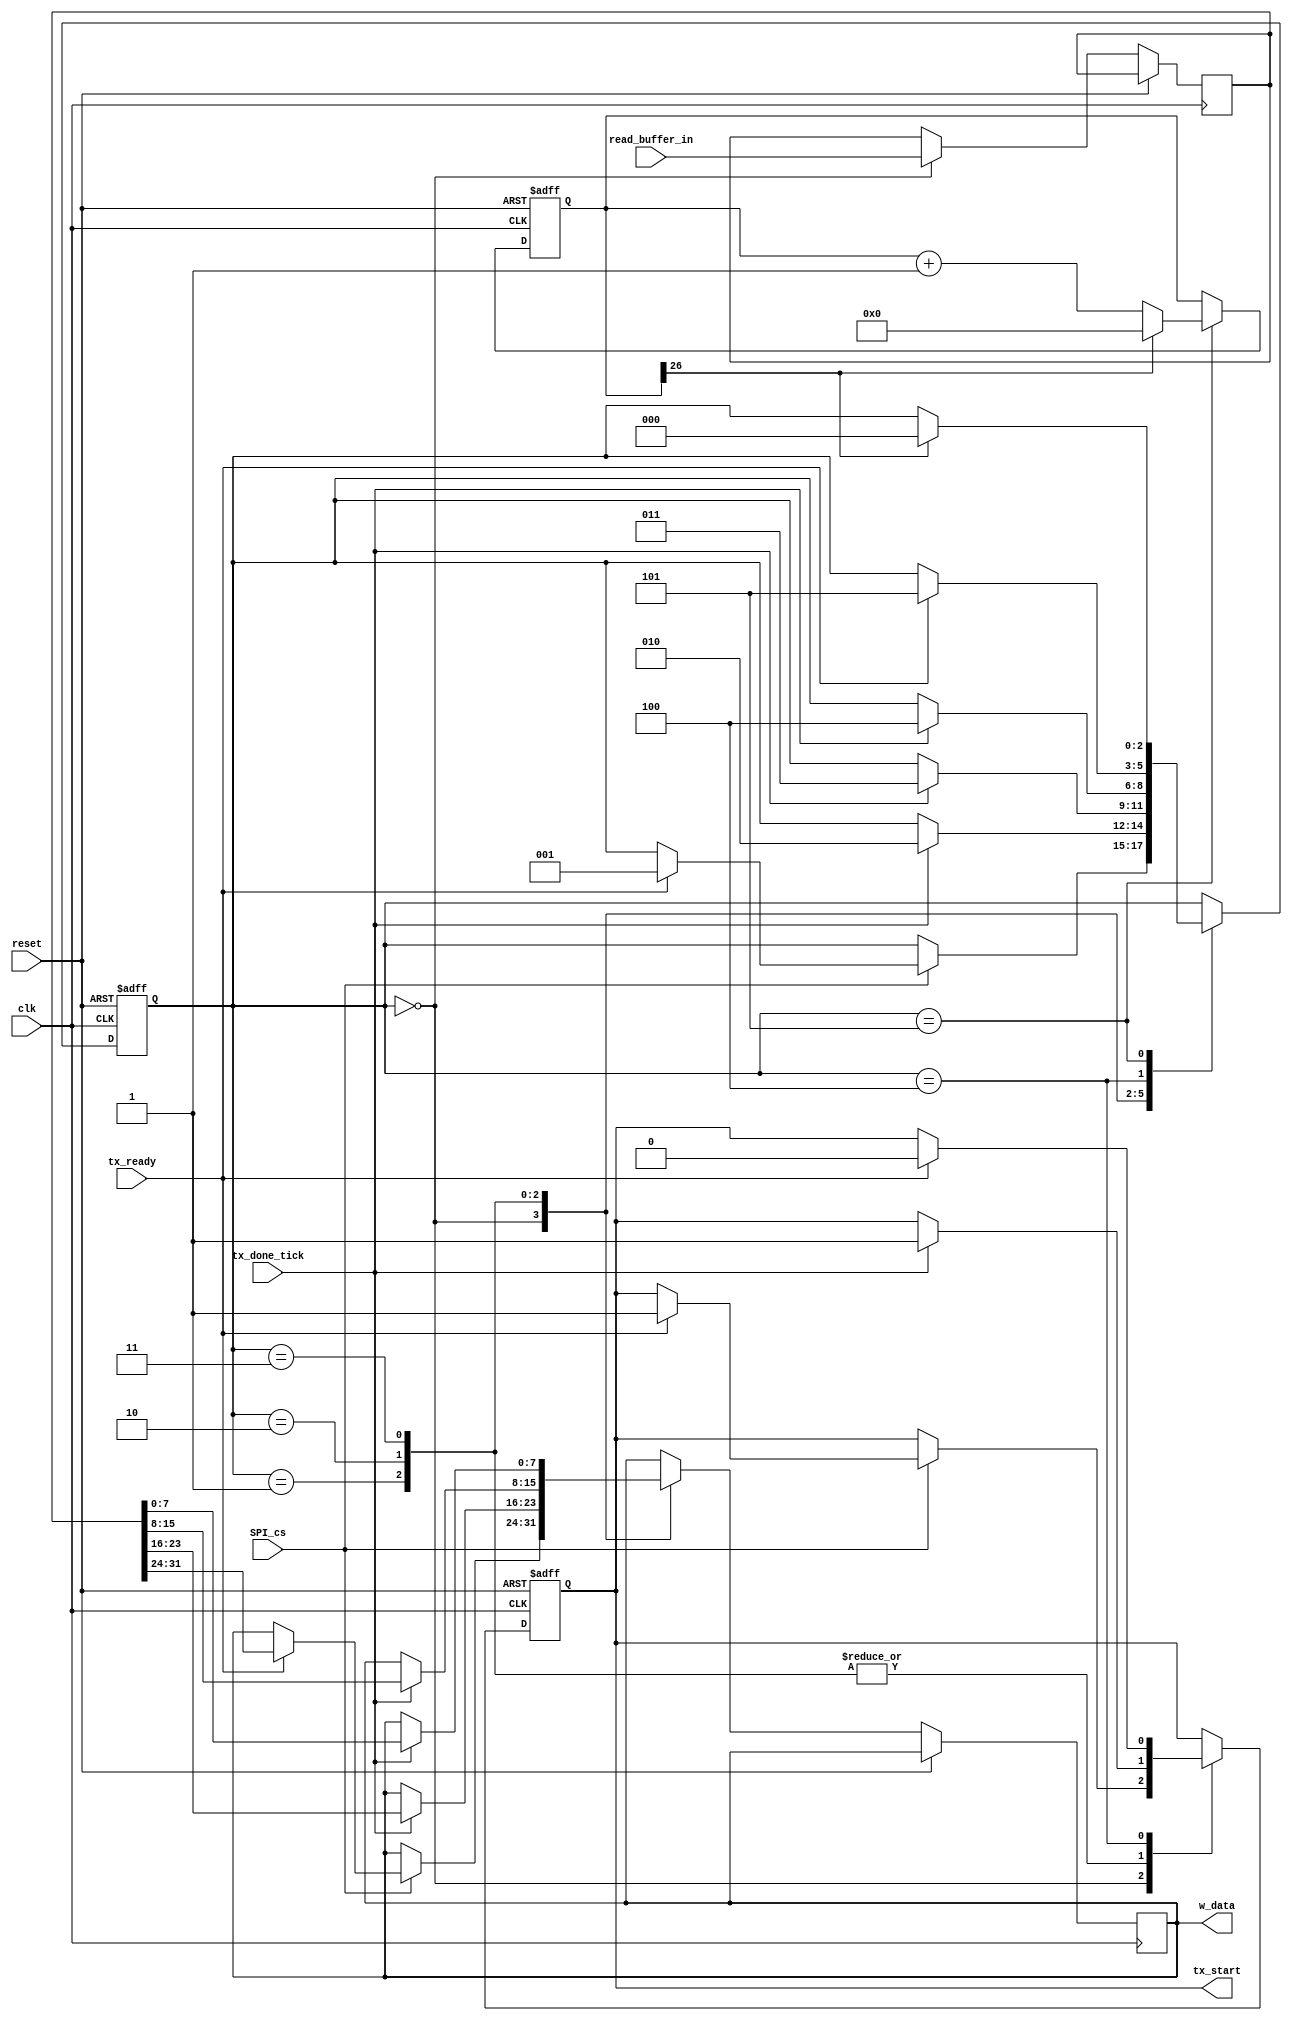
`timescale 1ns / 1ps

module checker
  ( 
    input wire clk,
    input wire reset,
    input wire tx_ready,
    input wire tx_done_tick,
    //input wire rx_done_tick,
    //input wire [7:0] r_data,
    output reg [7:0] w_data,
    output reg tx_start	,
	 input wire [31:0] read_buffer_in,
	 input wire SPI_cs


  );



  // state declaration for the FSM
  localparam [2:0]
  idle_and_receive    = 3'b110,
  byte1 					 = 3'b000,
  byte2 					 = 3'b001,
  byte3 					 = 3'b010,
  byte4 					 = 3'b011,
  parada 					 = 3'b100,
  espera 					 = 3'b101;

  //	signal declaration
  reg [2:0] state_reg;
  //reg [7:0] rx_buffer;

  //reg [31:0] read_buffer = 32'b01100011_01100001_01110011_01100001;
  reg [31:0] read_buffer ;
  reg [26:0] counter_wait;
  reg [3:0] counter_div;



  always@(posedge clk, posedge reset)

    if(reset)begin
      state_reg<=byte1;
      tx_start<=0;
      counter_wait<=0;
    end
  else 

    case (state_reg)

      byte1:
        begin
		  		read_buffer [31:0]<=read_buffer_in[31:0];
		  if(SPI_cs)begin
          if(tx_ready)begin
            tx_start<=1;
            w_data<=read_buffer[31:24];			 
            state_reg<=byte2;
          end
        end
		 end

      byte2:
        begin
          if(tx_done_tick)begin

            tx_start<=1;
            w_data<=read_buffer[23:16];			 
            state_reg<=byte3;end
        end

      byte3:
        begin
          if(tx_done_tick)begin

            tx_start<=1;
            w_data<=read_buffer[15:8];			 
            state_reg<=byte4;end
        end

      byte4:
        begin
          if(tx_done_tick)begin

            tx_start<=1;
            w_data<=read_buffer[7:0];			 
            state_reg<=parada;
          end
        end

      parada:begin

        if(tx_ready)begin

          tx_start<=0;
          state_reg<=espera;end

      end

      espera:
        begin
          counter_wait <= counter_wait + 1'b1;

          if(counter_wait[26])begin
            state_reg<=byte1;
            counter_wait<=0;
          end

        end

    endcase

  endmodule